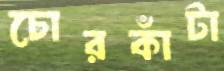
চোরকাঁটা